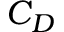
C _ { D }